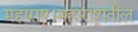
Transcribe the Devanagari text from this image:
महाराष्ट्र।महाराष्ट्रातील